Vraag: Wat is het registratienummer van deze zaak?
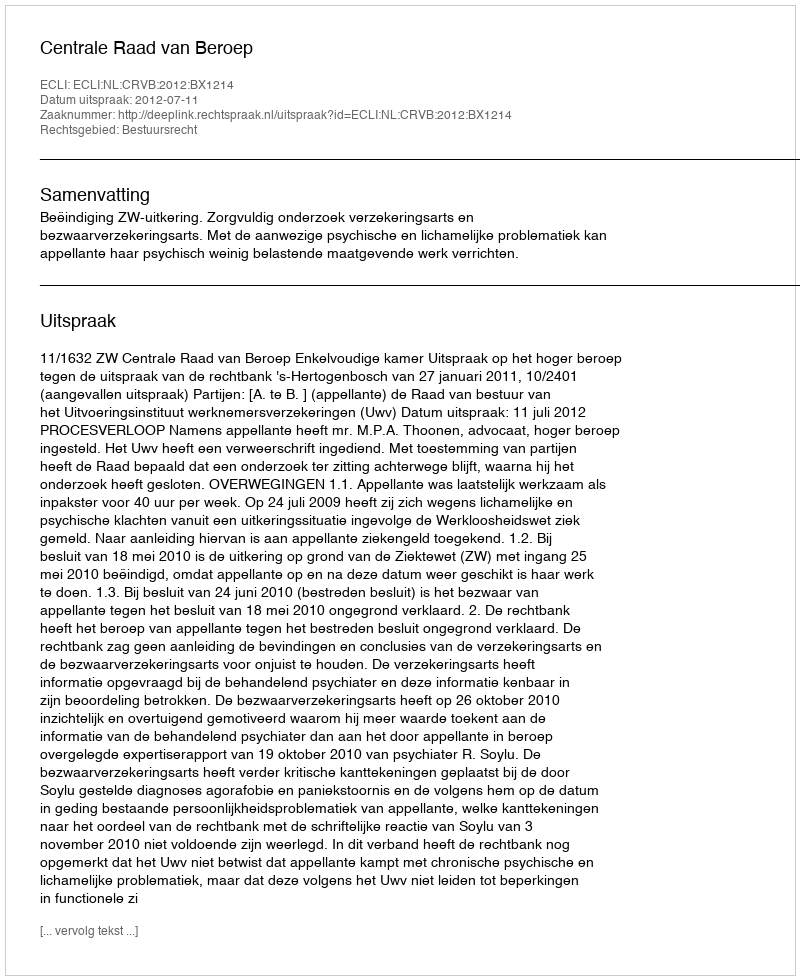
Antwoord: http://deeplink.rechtspraak.nl/uitspraak?id=ECLI:NL:CRVB:2012:BX1214